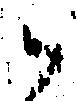
御